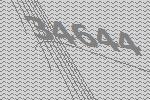
34644